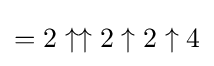
=2\uparrow \uparrow 2\uparrow 2\uparrow 4